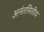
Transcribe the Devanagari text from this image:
अनंतमितीय